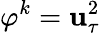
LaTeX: \varphi^{k}=\mathbf{u}_{\tau}^{2}